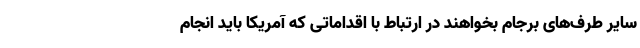
سایر طرف‌های برجام بخواهند در ارتباط با اقداماتی که آمریکا باید انجام